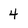
Character: 4